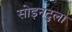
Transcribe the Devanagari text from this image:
सोइनटुला